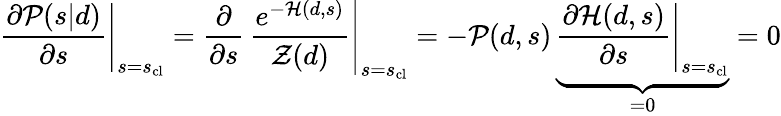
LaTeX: \left.{\frac{\partial{\mathcal{P}}(s|d)}{\partial s}}\right|_{s=s_{\mathrm{cl}}}=\left.{\frac{\partial}{\partial s}}\, {\frac{e^{-{\mathcal{H}}(d,s)}}{{\mathcal{Z}}(d)}}\right|_{s=s_{\mathrm{cl}}}=-{\mathcal{P}}(d,s)\, \underbrace{\left.{\frac{\partial{\mathcal{H}}(d,s)}{\partial s}}\right|_{s=s_{\mathrm{cl}}}}_{=0}=0